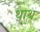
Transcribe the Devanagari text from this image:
थाथ